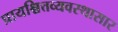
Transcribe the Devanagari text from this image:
प्रायश्चित्तव्यवस्थासार